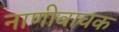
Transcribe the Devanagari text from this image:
नाणीवाचक